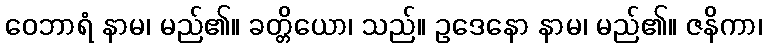
ဝေဘာရံ နာမ၊ မည်၏။ ခတ္တိယော၊ သည်။ ဥဒေနော နာမ၊ မည်၏။ ဇနိကာ၊